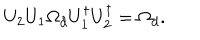
LaTeX: U _ { 2 } U _ { 1 } \Omega _ { d } U _ { 1 } ^ { \dagger } U _ { 2 } ^ { \dagger } = \Omega _ { d } .